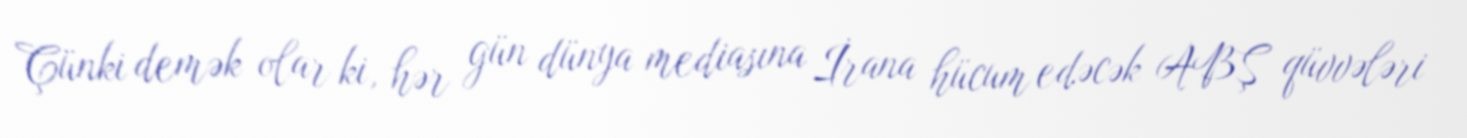
Çünki demək olar ki, hər gün dünya mediasına İrana hücum edəcək ABŞ qüvvələri